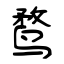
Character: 鹜